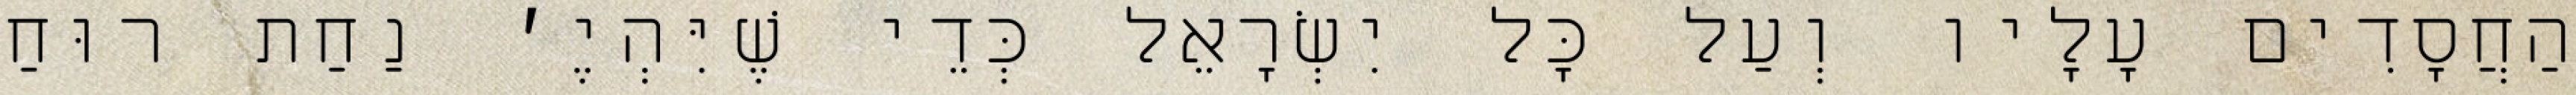
הַחֲסָדִים עָלָיו וְעַל כׇּל יִשְׂרָאֵל כְּדֵי שֶׁיִּהְיֶ׳ נַחַת רוּחַ